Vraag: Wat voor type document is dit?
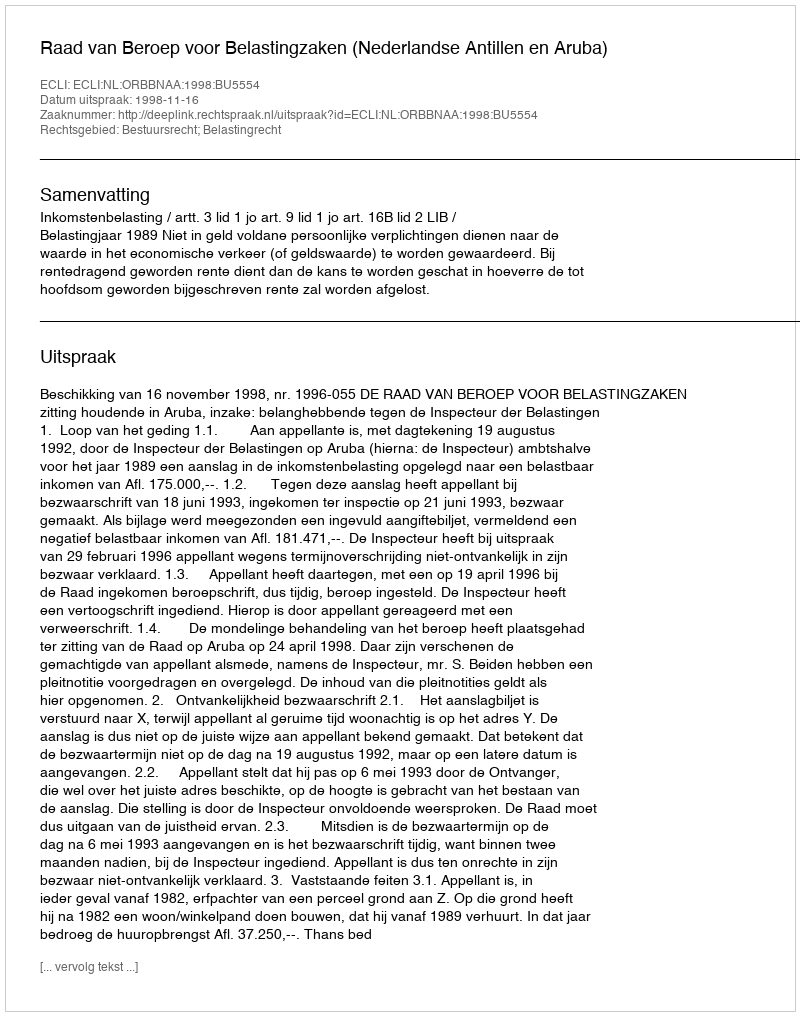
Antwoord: Uitspraak